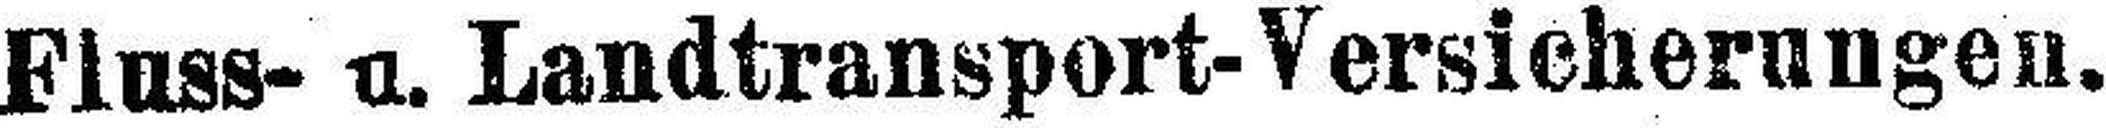
Fluss- u. Landtransport-Versicherungen.